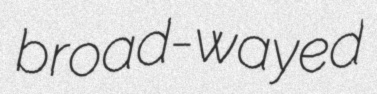
broad-wayed